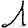
Digit: 1